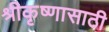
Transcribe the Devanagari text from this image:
श्रीकृष्णासाठी